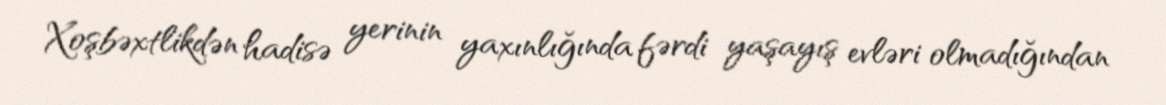
Xoşbəxtlikdən hadisə yerinin yaxınlığında fərdi yaşayış evləri olmadığından